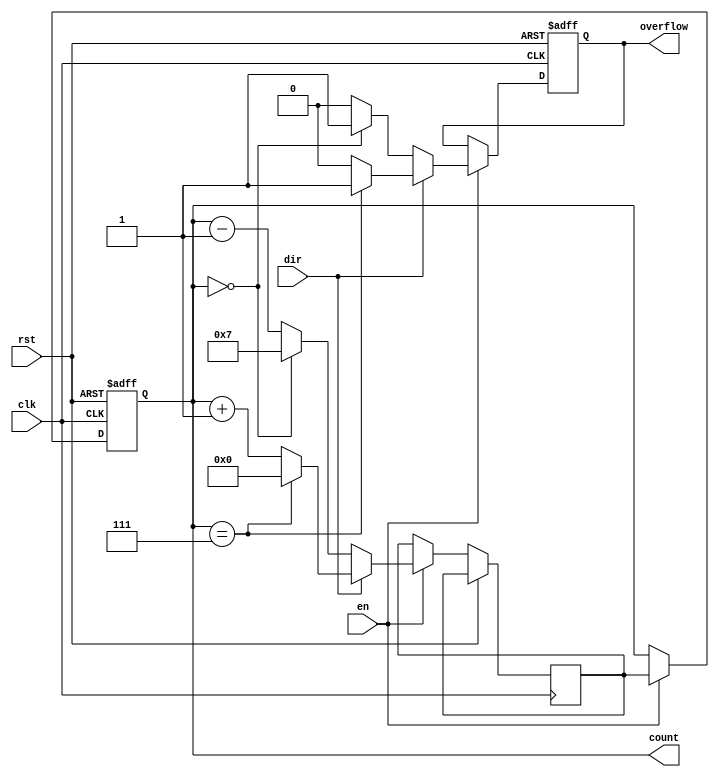
module modulus_counter #(
    parameter N = 8 // Modulus value (must be greater than 1)
)(
    input wire clk,          // Clock signal
    input wire rst,          // Active-high reset signal
    input wire en,           // Active-high enable signal
    input wire dir,          // Direction control (1 for up, 0 for down)
    output reg [N-1:0] count, // Current count value
    output reg overflow      // Overflow signal
);

    // Internal signal to hold the next count value
    reg [N-1:0] next_count;

    always @(posedge clk or posedge rst) begin
        if (rst) begin
            count <= 0;         // Reset count to 0
            overflow <= 0;      // Clear overflow signal
        end else if (en) begin
            if (dir) begin
                // Counting up
                if (count == (N - 1)) begin
                    next_count <= 0; // Reset to 0
                    overflow <= 1;    // Set overflow signal
                end else begin
                    next_count <= count + 1; // Increment count
                    overflow <= 0;            // Clear overflow signal
                end
            end else begin
                // Counting down
                if (count == 0) begin
                    next_count <= (N - 1); // Wrap around to N-1
                    overflow <= 1;          // Set overflow signal
                end else begin
                    next_count <= count - 1; // Decrement count
                    overflow <= 0;            // Clear overflow signal
                end
            end
            count <= next_count; // Update count
        end
    end

endmodule